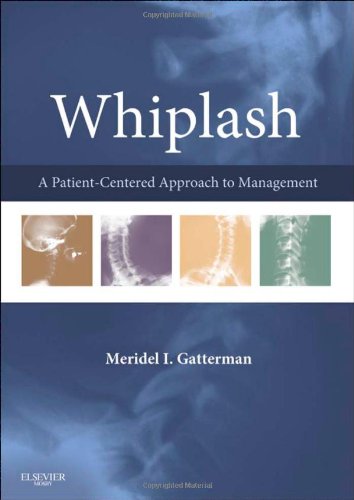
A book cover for Whiplash: A Patient Centered Approach to Management, 1e; Meridel I. Gatterman MA  DC  MEd; Law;